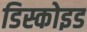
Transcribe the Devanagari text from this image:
डिस्कोइड